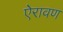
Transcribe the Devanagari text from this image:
ऐरावण